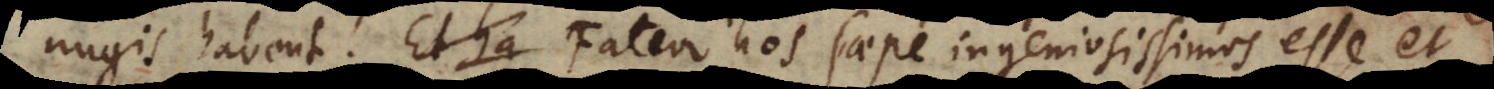
nugis habent. Fateor hos saepe ingeniosissimos esse et